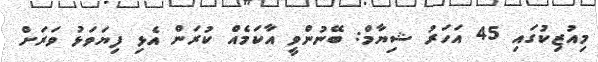
މިއުޒިކުގައި 45 އަހަރު ޝިޔާމް: ބޭނުންވީ އާކަމެއް ކުރަން އެޅި ފިޔަވަޅު ވަރަށް